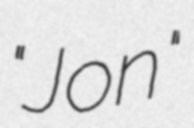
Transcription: "Jon"